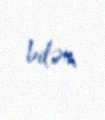
bilər.